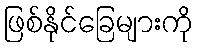
ဖြစ်နိုင်ခြေများကို